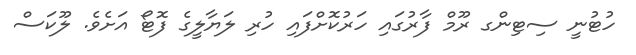
ހުޓުނީ ސިޓިންގ ރޫމް ފާރުގައި ހަރުކޮށްފައި ހުރި ލަޔާލީގެ ފޮޓޯ އަށެވެ. ލޫކަސް